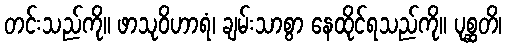
တင်းသည်ကို။ ဖာသုဝိဟာရံ၊ ချမ်းသာစွာ နေထိုင်ရသည်ကို။ ပုစ္ဆတိ၊